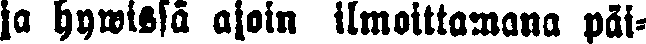
ja hywissä ajoin ilmoittamana päi-